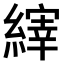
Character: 𫄀